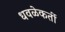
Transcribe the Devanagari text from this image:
धवळेकर्ती